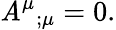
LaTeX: {\mathit{A}^{\mu}}_{;\mu}=0.